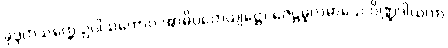
ခုဒ္ဒကသတ္ထေ ဥပါသကောဝ အာဓိပတေယျဋ္ဌော ဇေဋ္ဌမူလမာသေ ပိဏ္ဍဒါယကာ